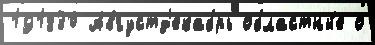
191830 Августд'екабрь областны́е о